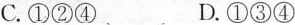
C.①②④。 D.①③④